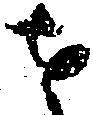
せ